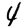
Digit: 4